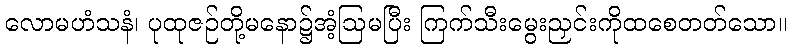
လောမဟံသနံ၊ ပုထုဇဉ်တို့မနော၌အံ့ဩမပြီး ကြက်သီးမွေးညှင်းကိုထစေတတ်သော။